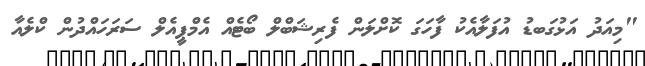
"މިއަދު އަޅުގަބޑު އުފަލާއެކު ފާހަގަ ކޮށްލަން ފެރިޝަބްލް ބޯޓެއް އެމްޕީއެލް ސަރަހައްދުން ކްލެއާ